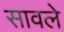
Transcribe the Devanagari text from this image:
सावले